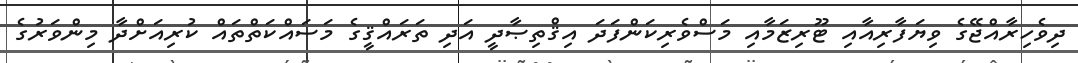
ދިވެހިރާއްޖޭގެ ވިޔަފާރިއާއި ޓޫރިޒަމާއި މަސްވެރިކަންފަދަ އިޤްތިޞާދީ އަދި ތަރައްޤީގެ މަސައްކަތްތައް ކުރިއަށްދާ މިންވަރުގެ